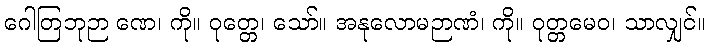
ဂေါတြဘုဉာ ဏေ၊ ကို။ ဝုတ္တေ၊ သော်။ အနုလောမဉာဏံ၊ ကို။ ဝုတ္တမေဝ၊ သာလျှင်။